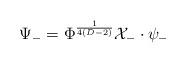
LaTeX: \begin{align*}\Psi_-=\Phi^{\frac{1}{4(D-2)}} {\cal X}_-\cdot\psi_-\end{align*}